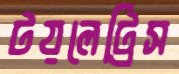
টয়লেট্রিস